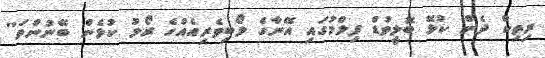
ރިތިކް ދެން ކުޅޭ ބޮލީވުޑް ފިލްމުގައި އޭނާގެ ލޯބިވެރިއެއްގެ ރޯލު ކުޅެން ބޭނުންތަ''